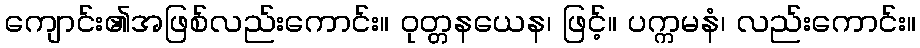
ကျောင်း၏အဖြစ်လည်းကောင်း။ ဝုတ္တနယေန၊ ဖြင့်။ ပက္ကမနံ၊ လည်းကောင်း။